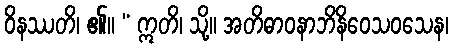
ဝိနဿတိ၊ ၏။ “ ဣတိ၊ သို့။ အတိဓာဝနာဘိနိဝေသဝသေန၊